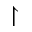
\upharpoonright